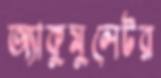
অ্যাকুমুলেটর